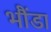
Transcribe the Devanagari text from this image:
भौंडा